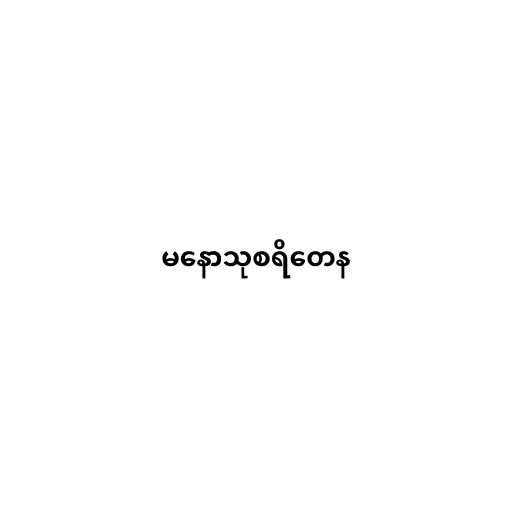
မနောသုစရိတေန